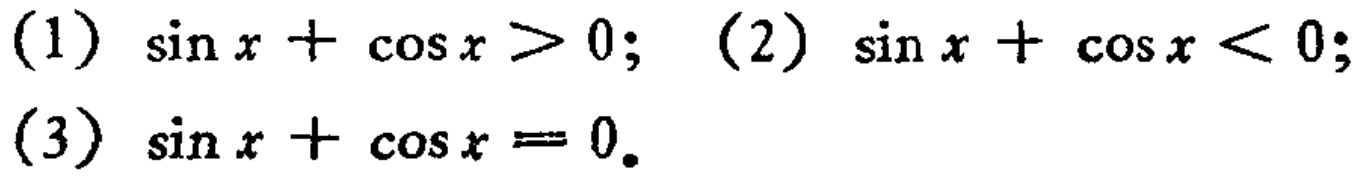
(1) \(\sin x+\cos x > 0\); (2) \(\sin x+\cos x < 0\); (3) \(\sin x+\cos x = 0\).